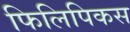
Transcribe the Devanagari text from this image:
फिलिपिकस